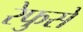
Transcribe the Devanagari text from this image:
रेफुसे